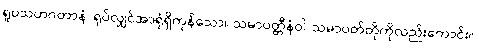
ရူပသဟဂတာနံ၊ ရုပ်လျှင်အာရုံရှိကုန်သော။ သမာပတ္တီနံဝါ၊ သမာပတ်တိုကိုလည်းကောင်း။